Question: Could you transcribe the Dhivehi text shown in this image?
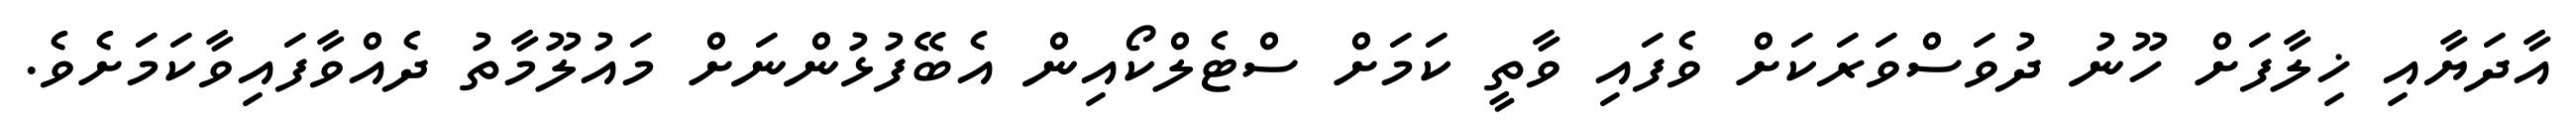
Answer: އާދަޔާއި ޚިލާފަށް ހޫނު ދުވަސްވަރަކަށް ވެފައި ވާތީ ކަމަށް ސްޓެލްކޯއިން އެބޭފުޅުންނަށް މައުލޫމާތު ދެއްވާފައިވާކަމަށެވެ.